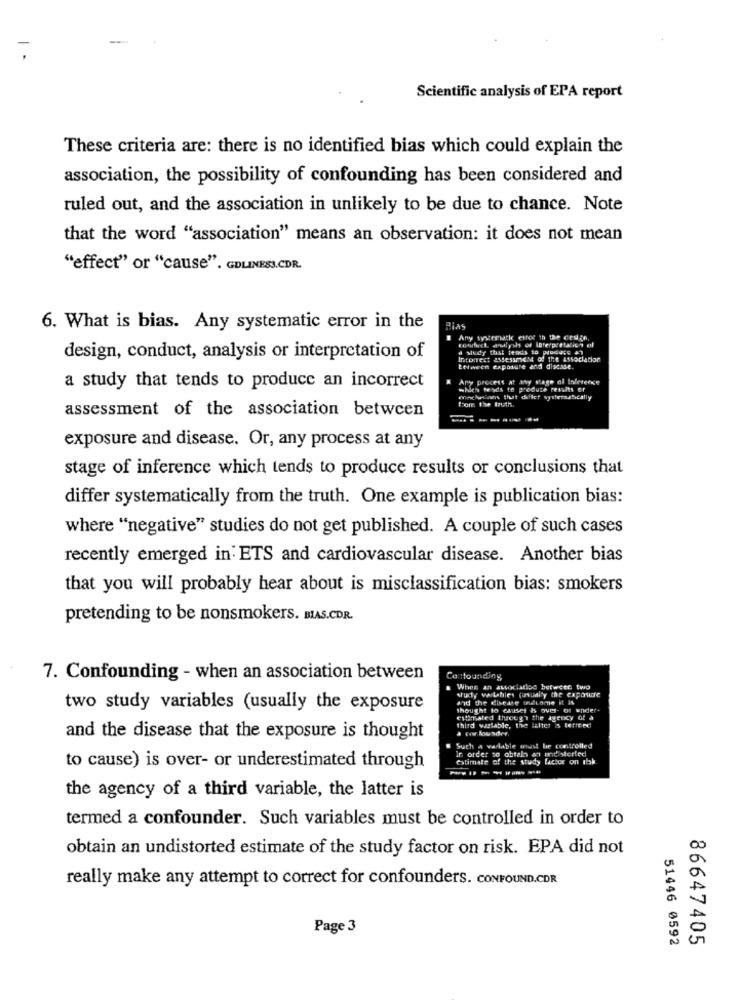
Scientific analysis of EPA report
These criteria are: there is no identified bias which could explain the
association, the possibility of confounding has been considered and
ruled out, and the association in unlikely to be due to chance. Note
that the word "association" means an observation: it does not mean
"effect" or "cause". GDLINESS.CDR.
6. What is bias. Any systematic error in the
Rias
Any systematke etfor th the Gruge,
a study that tends to produce an
design, conduct, analysis or interpretation of
Incorrect 25de53me14 of the association
Eelween capasure and discase.
Any process at any stage al Inlesende
a study that tends to produce an incorrect
which te'sds to produte results or
from the truth.
assessment of the association between
------
exposure and disease. Or, any process at any
stage of inference which tends to produce results or conclusions that
differ systematically from the truth. One example is publication bias:
where "negative" studies do not get published. A couple of such cases
recently emerged in ETS and cardiovascular disease. Another bias
that you will probably hear about is misclassification bias: smokers
pretending to be nonsmokers. BAS.CDR.
7. Confounding - when an association between
Confounding
When an association between two
studty vartables (usually the exposure
and the disease ofLome it is
two study variables (usually the exposure
Thought to causet &s over- of wnider.
estimated through the agency of a
third wastable, the latter is tertfed
a New Nousder.
and the disease that the exposure is thought
Such a variable must be controlled
In order to obtain an undistorted
estimate of the study factor on isk
to cause) is over- or underestimated through
the agency of a third variable, the latter is
termed a confounder. Such variables must be controlled in order to
obtain an undistorted estimate of the study factor on risk. EPA did not
really make any attempt to correct for confounders. CONFOUND.CDR
Page 3
51446 0592
86647405